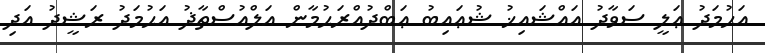
އަޙުމަދު ޢަލީ ސަވާދު އައްޝައިޚު ޝުޢައިބު ޢަބްދުއްރަޙުމާން އަލްއުސްތާޛު އަޙުމަދު ރަޝީދު އަދި